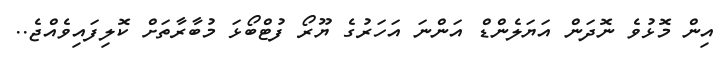
އިން މޮޅުވެ ނޮދަން އަޔަލެންޑް އަންނަ އަހަރުގެ ޔޫރޯ ފުޓްބޯޅަ މުބާރާތަށް ކޮލިފައިވެއްޖެ..